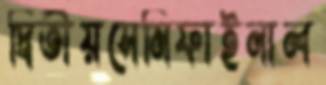
দ্বিতীয়সেমিফাইনাল